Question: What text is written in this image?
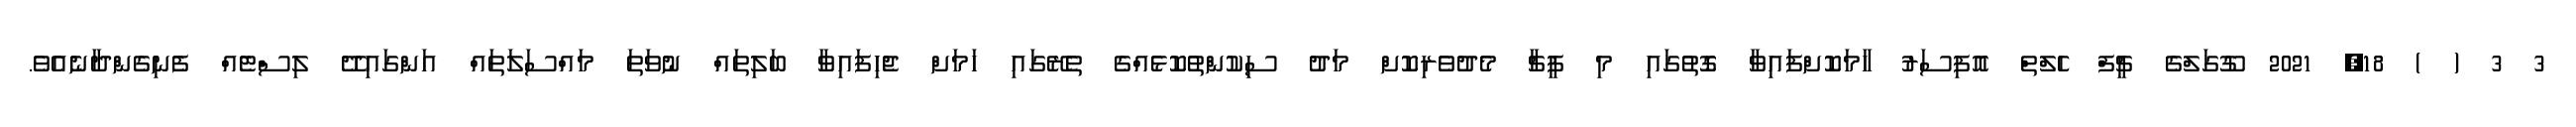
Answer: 3 3 ( ) 18, 2021 ގޫގަލްގެ ޗީފް ހެލްތް އޮފިސަރު ހާމަކޮށްފައިވާ ގޮތުގައި މި ފީޗާ މެދުވެރިކޮށް މަދު ސިކުންތުކޮޅެއްގެ ތެރޭގައި ހަމަށް ޖެހިފައިވާ ބަލިތައް ނުވަތަ މައްސަލަތައް އަންގައިދޭ ލިސްޓެއް ފެނިގެންދާނެއެވެ.